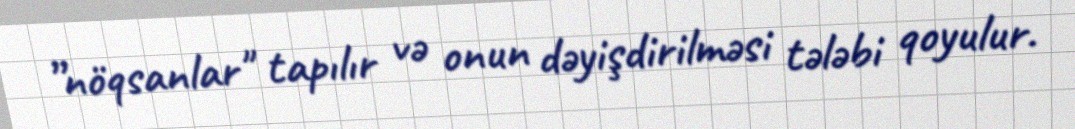
”nöqsanlar" tapılır və onun dəyişdirilməsi tələbi qoyulur.